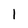
Character: l